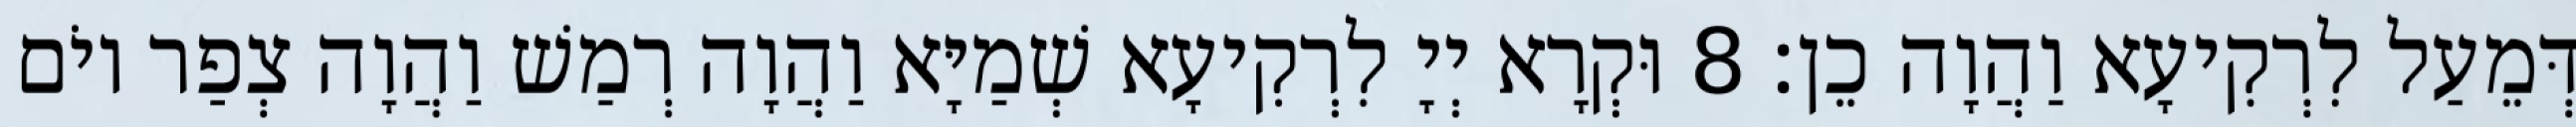
דְּמֵעַל לִרְקִיעָא וַהֲוָה כֵן׃ 8 וּקְרָא יְיָ לִרְקִיעָא שְׁמַיָּא וַהֲוָה רְמַשׁ וַהֲוָה צְפַר יוֹם